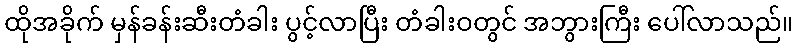
ထိုအခိုက် မှန်ခန်းဆီးတံခါး ပွင့်လာပြီး တံခါးဝတွင် အဘွားကြီး ပေါ်လာသည်။